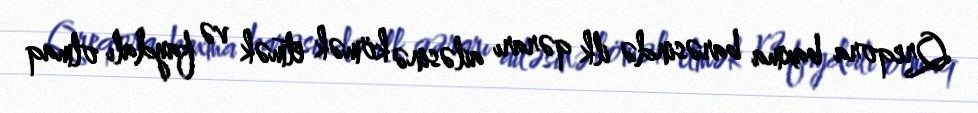
Qreqora baxma barəsində ilk qərarı ailəsinə kömək etmək və faydalı olmaq